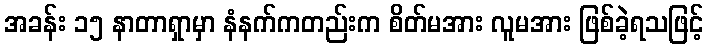
အခန်း ၁၅ နာတာရှာမှာ နံနက်ကတည်းက စိတ်မအား လူမအား ဖြစ်ခဲ့ရသဖြင့်